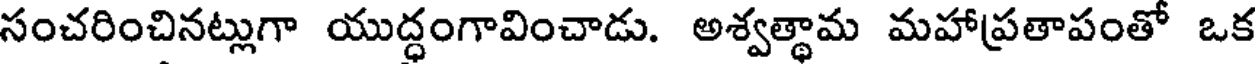
సంచరించినట్లుగా యుద్ధంగావించాడు. అశ్వత్థామ మహాప్రతాపంతో ఒక